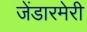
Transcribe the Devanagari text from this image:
जेंडारमेरी